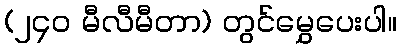
(၂၄၀ မီလီမီတာ) တွင်မွှေပေးပါ။